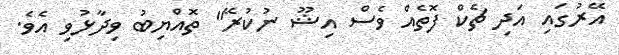
އޭރުގައި އަދި ޗެކް ފޮތެއް ވެސް އިޝޫ ނުކުރޭ" ތޮއްޔިބު ވިދާޅުވި އެވެ.